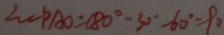
\angle C P A O = 1 8 0 ^ { \circ } - 3 0 ^ { \circ } - 6 0 ^ { \circ } = 9 0 ^ { \circ }